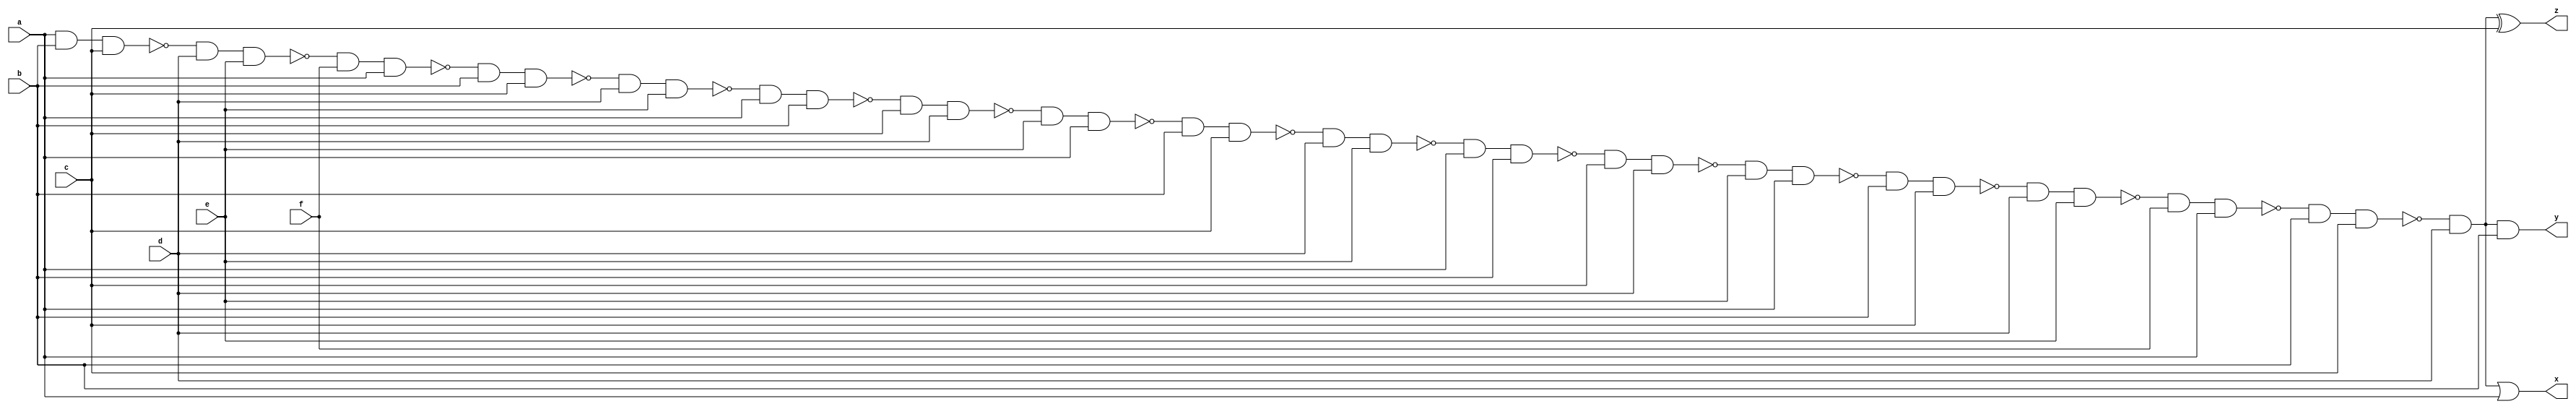
module case5 (a,b,c,d,e,f,x,y,z);

input a;
input b;
input c;
input d;
input e;
input f;
output x;
output y;
output z;



// Defining intermediate wires
wire w1, w2, w3, w4, w5, w6, w7, w8, w9, w10, w11, w12, w13, w14, w15, w16, w17, w18, w19, w20, w21, w22, w23, w24, w25, w26, w27, w28, w29, w30, w31, w32, w33, w34, w35;

// Gates for pairs of inputs
and   (w1, a, b);
nand  (w2, w1, c);
and   (w3, w2, d);
nand  (w4, w3, e);
and   (w5, w4, f);

nand  (w6, w5, a);
and   (w7, w6, b);
nand  (w8, w7, c);
and   (w9, w8, d);
nand  (w10, w9, e);

and   (w11, w10, a);
nand  (w12, w11, b);
and   (w13, w12, c);
nand  (w14, w13, d);
and   (w15, w14, e);

nand  (w16, w15, a);
and   (w17, w16, b);
nand  (w18, w17, c);
and   (w19, w18, d);
nand  (w20, w19, e);

and   (w21, w20, a);
nand  (w22, w21, b);
and   (w23, w22, c);
nand  (w24, w23, d);
and   (w25, w24, e);

nand  (w26, w25, a);
and   (w27, w26, b);
nand  (w28, w27, c);
and   (w29, w28, d);
nand  (w30, w29, e);

and   (w31, w30, f);
nand  (w32, w31, a);
and   (w33, w32, b);
nand  (w34, w33, c);
and   (w35, w34, d);

// Gates for outputs
or   (x, w35, a);
and  (y, w35, b);
xor  (z, w35, c);

endmodule